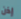
إذن